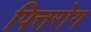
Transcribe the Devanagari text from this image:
पित्तरोग